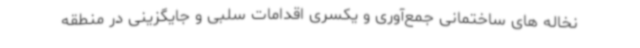
نخاله های ساختمانی جمع‌آوری و یکسری اقدامات سلبی و جایگزینی در منطقه